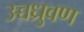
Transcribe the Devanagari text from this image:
उच्चध्रुवण